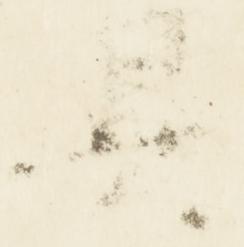
具